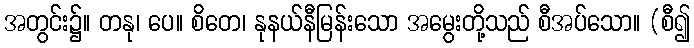
အတွင်း၌။ တနု၊ ပေ။ စိတေ၊ နုနယ်နီမြန်းသော အမွေးတို့သည် စီအပ်သော။ (စီ၍